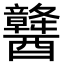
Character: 䤗